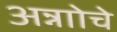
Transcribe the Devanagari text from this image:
अन्नाोचे